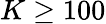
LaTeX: K\ge 100